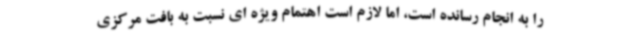
را به انجام رسانده است، اما لازم است اهتمام ویژه ای نسبت به بافت مرکزی